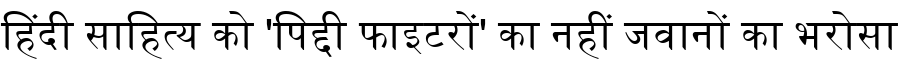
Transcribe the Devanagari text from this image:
हिंदी साहित्य को 'पिद्दी फाइटरों' का नहीं जवानों का भरोसा